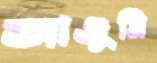
আঞ্জুনি